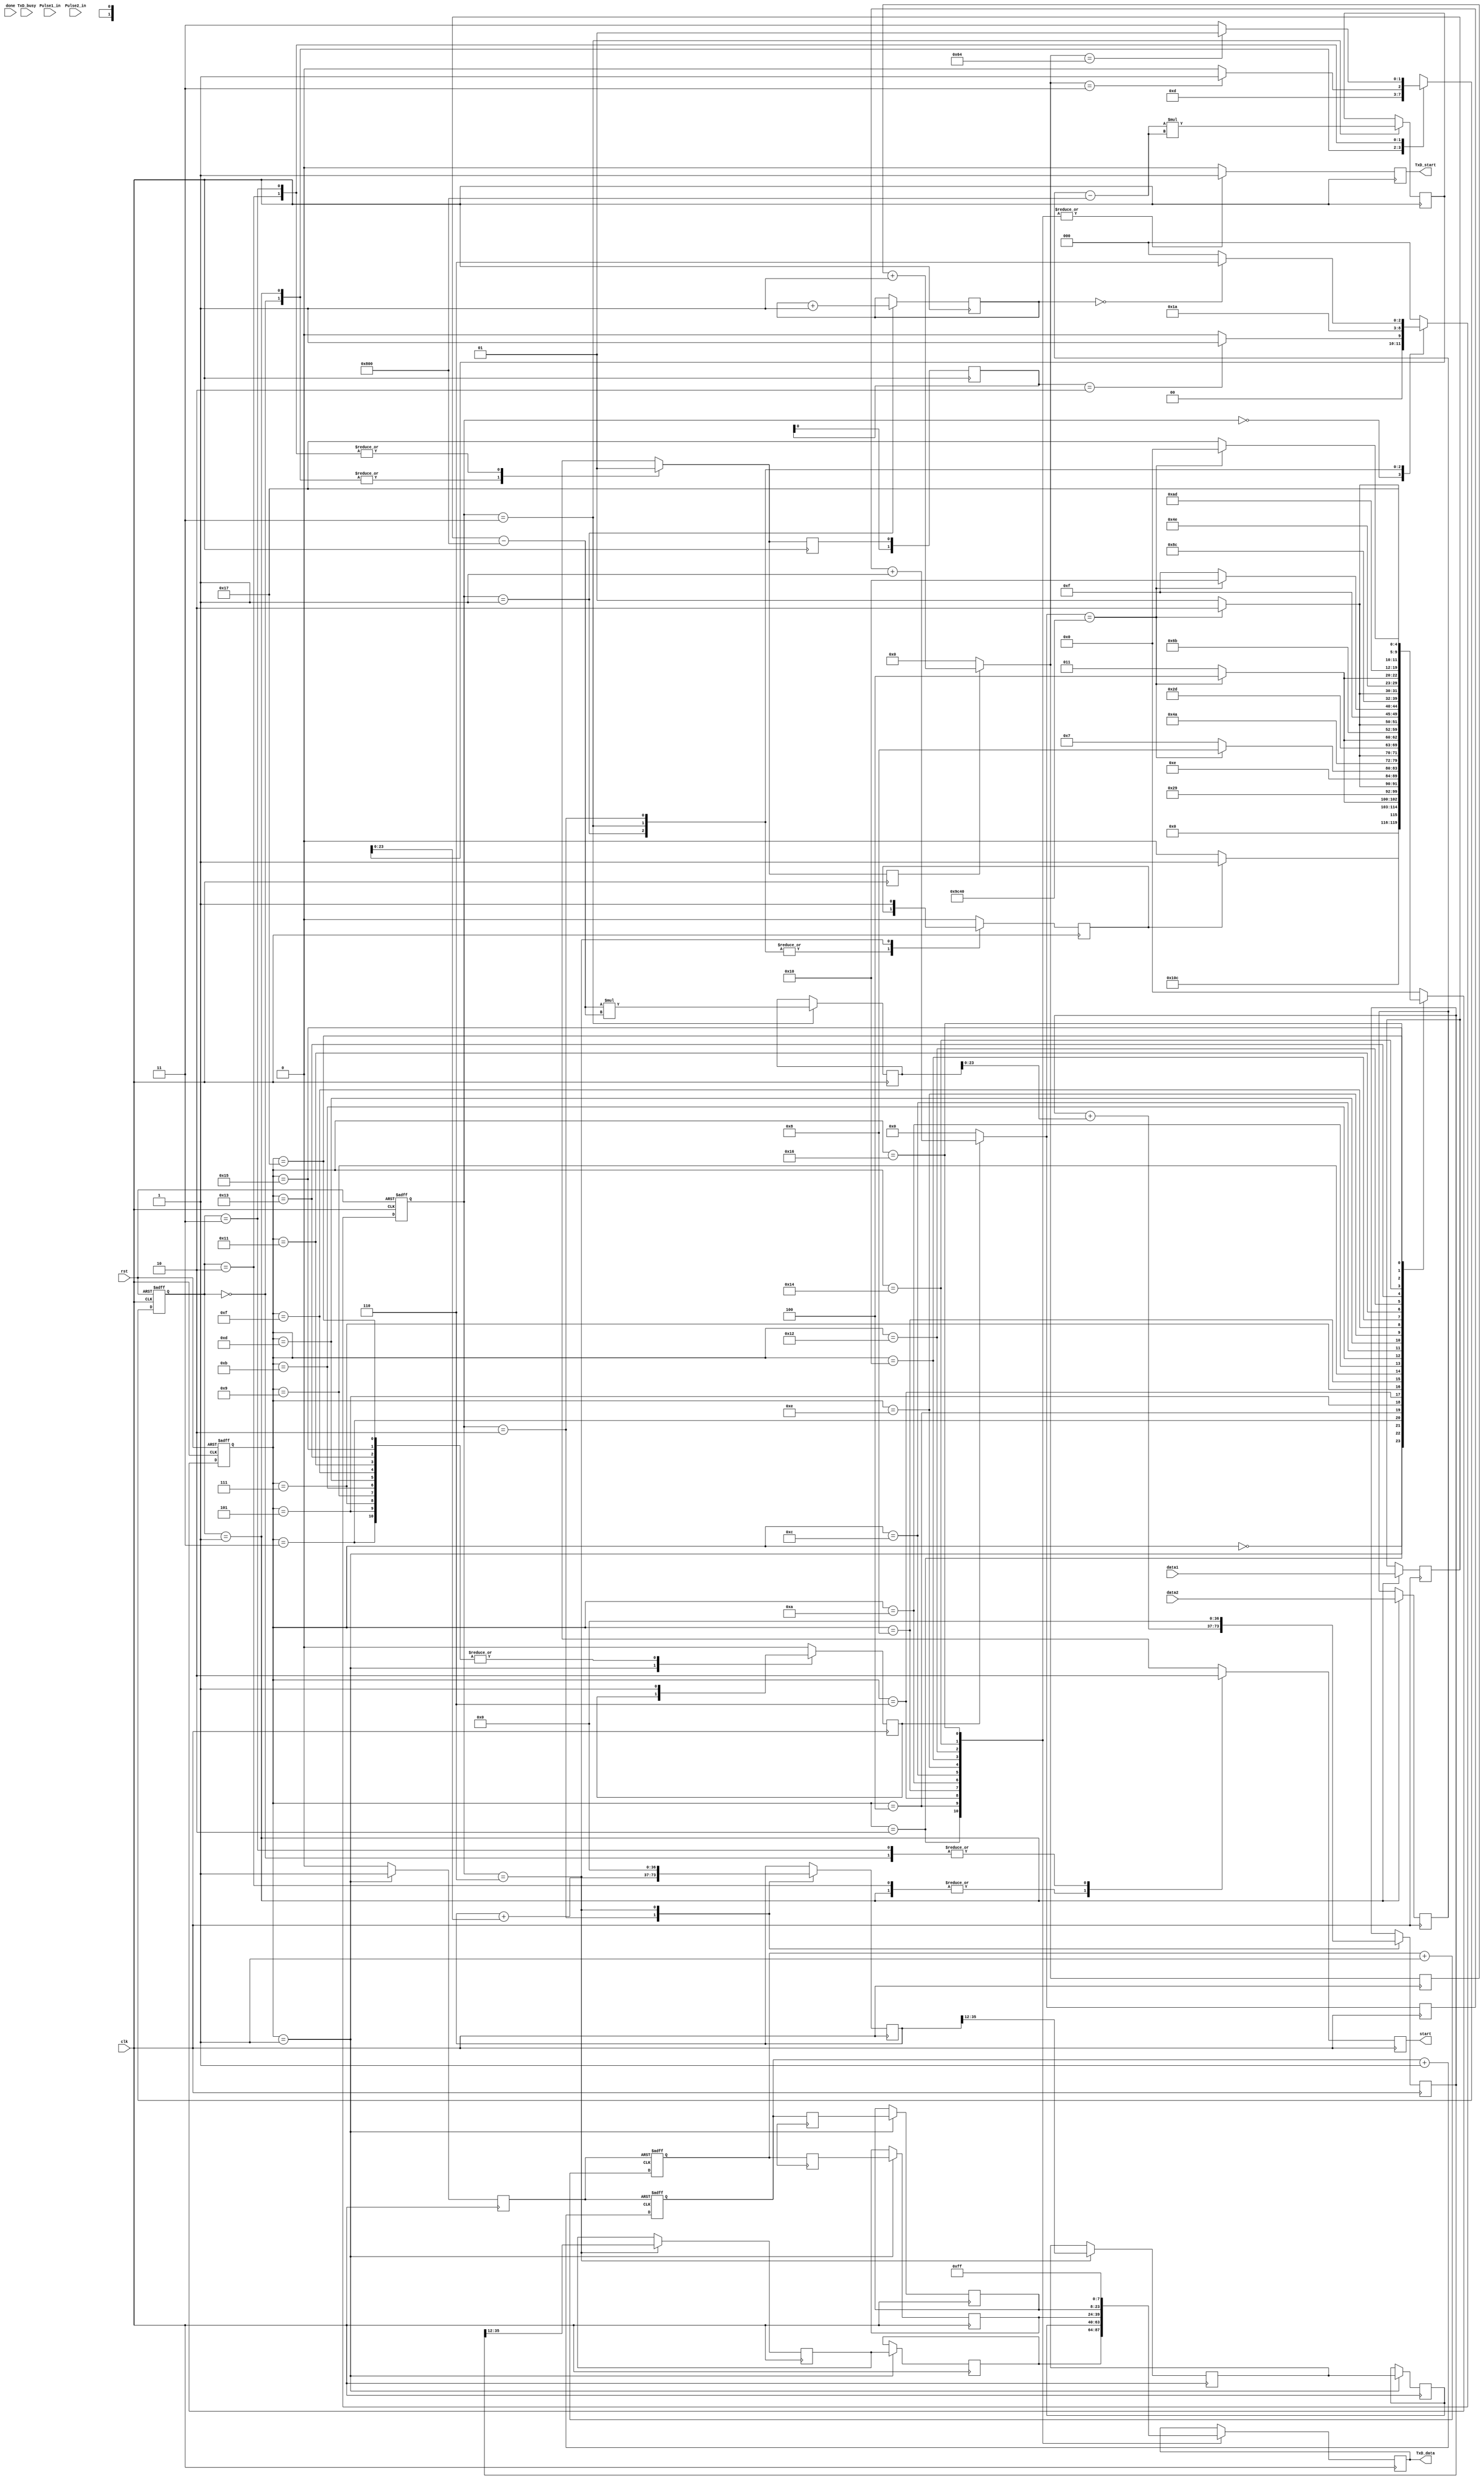
`timescale 1ns / 1ps
module spitouart_camp2(
clk,
rst,
data1,
data2,
done,
TxD_start,
TxD_data,
start,
TxD_busy,
Pulse1_in,
Pulse2_in
    );
	
input clk,rst,done,TxD_busy;
input [11:0] data1,data2;
input Pulse1_in,Pulse2_in;
output TxD_start,start;
output [7:0] TxD_data;

parameter CAMPDATALENGTH = 8192;
parameter SPIFSMSIZE = 2;
parameter SPIIDLE      = 2'b00; 
parameter SPISTART     = 2'b01;
parameter SPISTARTWAIT = 2'b10;
parameter GETSPI       = 2'b11;

parameter CAMPBELLFSMSIZE = 3;
parameter CAMPIDLE =    3'b000;
parameter GETDATA =     3'b001;  
parameter SUBANDMULT =  3'b011;  
parameter ADDTORESULT = 3'b010;
parameter SENDUART =    3'b110;    

parameter UARTFSMSIZE = 5;
parameter UARTIDLE  = 5'd0;
parameter UARTAIM   = 5'd1;
parameter SENDUART1 = 5'd2;
parameter WAITUART1 = 5'd3;
parameter SENDUART2 = 5'd4;
parameter WAITUART2 = 5'd5;
parameter SENDUART3 = 5'd6;
parameter WAITUART3 = 5'd7;
parameter SENDUART4 = 5'd8;
parameter WAITUART4 = 5'd9;
parameter SENDUART5 = 5'd10;
parameter WAITUART5 = 5'd11;
parameter SENDUART6 = 5'd12;
parameter WAITUART6 = 5'd13;
parameter SENDUART7 = 5'd14;
parameter WAITUART7 = 5'd15;
parameter SENDUART8 = 5'd16;
parameter WAITUART8 = 5'd17;
parameter SENDUART9 = 5'd18;
parameter WAITUART9 = 5'd19;
parameter SENDUART10 = 5'd20;
parameter WAITUART10 = 5'd21;
parameter SENDUART11 = 5'd22;
parameter WAITUART11 = 5'd23;

parameter UCOUNTDIGITS = 18;
parameter UCOUNTCYCLE= 18'd40000;//18'd166665; //300Hz  a little bit smaller than 300Hz to allow some margion on SCOUNTCYCLE, can't exceed 400Hz or UART transmitter will fail (4800 baud)

parameter SCOUNTDIGITS = 7;  //to count 103
parameter SCOUNTCYCLE= 7'd100; // because (50 000 000 / 103) / (2^13) = 59.2574333 and 103-1=102, 1 cycle SPISTART, -2 based on calibration with function generator

parameter PCOUNTDIGITS = 16; //same as counter/transmitter
		                                                                                                            
reg [SPIFSMSIZE-1:0]       spi_current_state,  spi_next_state;
reg [CAMPBELLFSMSIZE-1:0]  camp_current_state, camp_next_state;
reg [UARTFSMSIZE-1:0]      uart_current_state, uart_next_state;
reg dataReady;
reg [1:0] dataReady_sr;
reg [11:0] dataCount;
reg [11:0] data1_reg,data2_reg;
reg signed [12:0] s_data1_reg,s_data2_reg;
reg signed [12:0] mean;
reg signed [12:0] submean1,submean2;
reg signed [25:0] meanSqrData1,meanSqrData2;
wire signed [25:0] meanSqrData1_comb,meanSqrData2_comb;

reg [36:0] addMeanSqrData1,addMeanSqrData1_lock,addMeanSqrData2,addMeanSqrData2_lock; //24bit * 2^13 data, 24+13=37
reg uartok;
reg TxD_start,start;
reg [7:0] TxD_data;
reg [1:0] TxD_busy_sr;

reg [UCOUNTDIGITS-1:0] ucount,ucount_next;
reg ucount_start;

reg [SCOUNTDIGITS-1:0] scount,scount_next;
reg scount_start;

//reg [19:0] test_count,test_count_next;

reg [23:0] powerdata1,powerdata2,powerdata1_lock,powerdata2_lock;
reg [15:0] powerdata3,powerdata3_lock,powerdata4,powerdata4_lock;
reg [7:0]  systemstate;

reg [PCOUNTDIGITS-1:0] p1count,p1count_next,p2count,p2count_next;
reg pcount_rst;

wire Cin_buf1,Cin_buf2,Cin_buf3;
wire Pulse1_in_buf ,Pulse2_in_buf,pcount_rst_buf ,uartok_buf;

always @ (posedge clk)
begin
dataReady_sr = {dataReady_sr[0], dataReady};
TxD_busy_sr={TxD_busy_sr[0],TxD_busy};
end

//-------------------------------------------------------------SPI_Trigger
always @ (posedge clk or posedge rst)
begin
if(rst)
	spi_current_state<=SPIIDLE;
else
	spi_current_state<=spi_next_state;
end

always @ (spi_current_state or scount_next)
begin
case (spi_current_state)
SPIIDLE       : spi_next_state=SPISTART;
SPISTART      : spi_next_state=SPISTARTWAIT;
SPISTARTWAIT  : if (scount_next == 7'd3) spi_next_state=GETSPI; else spi_next_state=SPISTARTWAIT;
GETSPI        : if (scount_next == SCOUNTCYCLE) spi_next_state=SPISTART; else spi_next_state=GETSPI;
default       : spi_next_state = SPIIDLE;
endcase
end

always @ ( posedge clk)
begin
case (spi_current_state)
SPIIDLE        : begin start <= 0  ; dataReady<= 0; scount_start <= 0; end
SPISTART       : begin start <= 1  ; dataReady<= 0; data1_reg <= data1 ;data2_reg <= data2 ; scount_start <= 0; end
SPISTARTWAIT   : begin start <= 1  ; dataReady<= 1; scount_start <= 1; end
GETSPI         : begin start <= 0  ; dataReady<= 1; scount_start <= 1; end
default        : begin start <= 0  ;  scount_start <= 0; end
endcase
end
//-------------------------------------------------------------Counter for SPI_Trigger
always @ (posedge clk)
begin
scount<=scount_next; 
end

always @ (scount or scount_start)
begin
if (scount_start==0)
	scount_next=0;
else
	scount_next=scount+1;
end

//-------------------------------------------------------------Camp2
always @ (posedge clk or posedge rst)
begin
if(rst)
	camp_current_state<=CAMPIDLE;
else
	camp_current_state<=camp_next_state;
end

always @ (data1_reg or s_data1_reg or data2_reg or s_data2_reg or mean)
begin
mean = 13'b0100000000000;
s_data1_reg = {1'b0,data1_reg}; s_data2_reg = {1'b0,data2_reg};
submean1 = s_data1_reg-mean;    submean2 = s_data2_reg-mean;
end

//mult13sign mult1(
//	.clk(clk),
//	.a(submean1), // Bus [12 : 0] 
//	.b(submean1), // Bus [12 : 0] 
//	.p(meanSqrData1_comb)); // Bus [25 : 0] 
	
//mult13sign mult2(
//	.clk(clk),
//	.a(submean2), // Bus [12 : 0] 
//	.b(submean2), // Bus [12 : 0] 
//	.p(meanSqrData2_comb)); // Bus [25 : 0] 

assign meanSqrData1_comb=submean1*submean1;
assign meanSqrData2_comb=submean2*submean2;


always @ (camp_current_state or dataReady_sr or dataCount)
begin
case (camp_current_state)
CAMPIDLE    : if (dataReady_sr==2'b10) camp_next_state=GETDATA; else camp_next_state=CAMPIDLE;
GETDATA     : camp_next_state =SUBANDMULT;
SUBANDMULT  : camp_next_state = ADDTORESULT;
ADDTORESULT : if (dataCount==13'd0) camp_next_state=SENDUART  ; else camp_next_state=CAMPIDLE;
SENDUART    : camp_next_state = CAMPIDLE;
default    : camp_next_state = CAMPIDLE;
endcase
end	
	
always @ (posedge clk)
begin
case (camp_current_state)
CAMPIDLE    : begin uartok    <= 0; end
GETDATA     : begin dataCount<= dataCount+1; end   //may be necessary to isolate this code to a new always block, and add rst value.
SUBANDMULT  : begin meanSqrData1 <= meanSqrData1_comb ;meanSqrData2 <= meanSqrData2_comb ;  end
ADDTORESULT : begin addMeanSqrData1 <= addMeanSqrData1 + {13'd0,meanSqrData1[23:0]} ;addMeanSqrData2 <= addMeanSqrData2 + {13'd0,meanSqrData2[23:0]} ; end
SENDUART    : begin uartok    <= 1;  powerdata1<= addMeanSqrData1[35:12];powerdata2<= addMeanSqrData2[35:12]; addMeanSqrData1<=37'd0; addMeanSqrData2<=37'd0; end  //addMeanSqrData's data choose should be tuned later
default     : begin uartok    <= 0;  end
endcase
end



//-------------------------------------------------------------UART_Trigger test codes
/*
always @ (posedge clk)
begin
	test_count<=test_count_next;
end

always @ (test_count)
if (test_count==20'd833334)
	begin
	test_count_next=0;
	uartok=1;
	end
else
	begin
	test_count_next=test_count+1;
	uartok=0;
	end
*/

//-------------------------------------------------------------UART_Trigger


always @ (posedge clk or posedge rst)
begin
if(rst)
	uart_current_state<=UARTIDLE;
else
	uart_current_state<=uart_next_state;
end

always @ (uart_current_state or uartok or TxD_busy_sr or ucount_next)
begin
case (uart_current_state)
UARTIDLE   : if (uartok==1)                    uart_next_state=UARTAIM; else uart_next_state=UARTIDLE;
UARTAIM    : uart_next_state=SENDUART1;
SENDUART1  : uart_next_state=WAITUART1;
WAITUART1  : if (ucount_next == UCOUNTCYCLE) uart_next_state=SENDUART2;  else uart_next_state=WAITUART1;
SENDUART2  : uart_next_state=WAITUART2;
WAITUART2  : if (ucount_next == UCOUNTCYCLE) uart_next_state=SENDUART3;  else uart_next_state=WAITUART2;
SENDUART3  : uart_next_state=WAITUART3;
WAITUART3  : if (ucount_next == UCOUNTCYCLE) uart_next_state=SENDUART4;  else uart_next_state=WAITUART3;
SENDUART4  : uart_next_state=WAITUART4;
WAITUART4  : if (ucount_next == UCOUNTCYCLE) uart_next_state=SENDUART5;  else uart_next_state=WAITUART4;
SENDUART5  : uart_next_state=WAITUART5;
WAITUART5  : if (ucount_next == UCOUNTCYCLE) uart_next_state=SENDUART6;  else uart_next_state=WAITUART5;
SENDUART6  : uart_next_state=WAITUART6;                      
WAITUART6  : if (ucount_next == UCOUNTCYCLE) uart_next_state=SENDUART7;  else uart_next_state=WAITUART6;
SENDUART7  : uart_next_state=WAITUART7;                      
WAITUART7  : if (ucount_next == UCOUNTCYCLE) uart_next_state=SENDUART8;  else uart_next_state=WAITUART7;
SENDUART8  : uart_next_state=WAITUART8;                      
WAITUART8  : if (ucount_next == UCOUNTCYCLE) uart_next_state=SENDUART9;  else uart_next_state=WAITUART8;
SENDUART9  : uart_next_state=WAITUART9;                      
WAITUART9  : if (ucount_next == UCOUNTCYCLE) uart_next_state=SENDUART10; else uart_next_state=WAITUART9;
SENDUART10 : uart_next_state=WAITUART10;                      
WAITUART10 : if (ucount_next == UCOUNTCYCLE) uart_next_state=SENDUART11; else uart_next_state=WAITUART10;
SENDUART11 : uart_next_state=WAITUART11;
WAITUART11 : if (ucount_next == UCOUNTCYCLE) uart_next_state=UARTIDLE;   else uart_next_state=WAITUART11;
default    : uart_next_state = UARTIDLE;
endcase
end


always @ ( posedge clk)
begin
case (uart_current_state) 
UARTAIM   : begin 
			TxD_start <= 0 ; 
			powerdata1_lock <= powerdata1; 
			powerdata2_lock <= powerdata2;
			powerdata3_lock <= powerdata3;
			powerdata4_lock <= powerdata4;
			pcount_rst<=1; 
			end
SENDUART1 : begin TxD_start <= 1 ; TxD_data  <= powerdata1_lock[23:16];ucount_start <= 0; pcount_rst<=0; end
WAITUART1 : begin TxD_start <= 0 ;                                     ucount_start <= 1; pcount_rst<=0; end
SENDUART2 : begin TxD_start <= 1 ; TxD_data  <= powerdata1_lock[15:8]; ucount_start <= 0; pcount_rst<=0; end
WAITUART2 : begin TxD_start <= 0 ;                                     ucount_start <= 1; pcount_rst<=0; end
SENDUART3 : begin TxD_start <= 1 ; TxD_data  <= powerdata1_lock[7:0] ; ucount_start <= 0; pcount_rst<=0; end
WAITUART3 : begin TxD_start <= 0 ;                                     ucount_start <= 1; pcount_rst<=0; end
SENDUART4 : begin TxD_start <= 1 ; TxD_data  <= powerdata2_lock[23:16];ucount_start <= 0; pcount_rst<=0; end
WAITUART4 : begin TxD_start <= 0 ;                                     ucount_start <= 1; pcount_rst<=0; end
SENDUART5 : begin TxD_start <= 1 ; TxD_data  <= powerdata2_lock[15:8]; ucount_start <= 0; pcount_rst<=0; end
WAITUART5 : begin TxD_start <= 0 ;                                     ucount_start <= 1; pcount_rst<=0; end
SENDUART6 : begin TxD_start <= 1 ; TxD_data  <= powerdata2_lock[7:0] ; ucount_start <= 0; pcount_rst<=0; end
WAITUART6 : begin TxD_start <= 0 ;                                     ucount_start <= 1; pcount_rst<=0; end
SENDUART7 : begin TxD_start <= 1 ; TxD_data  <= powerdata3_lock[15:8]; ucount_start <= 0; pcount_rst<=0; end
WAITUART7 : begin TxD_start <= 0 ;                                     ucount_start <= 1; pcount_rst<=0; end
SENDUART8 : begin TxD_start <= 1 ; TxD_data  <= powerdata3_lock[7:0] ; ucount_start <= 0; pcount_rst<=0; end
WAITUART8 : begin TxD_start <= 0 ;                                     ucount_start <= 1; pcount_rst<=0; end
SENDUART9 : begin TxD_start <= 1 ; TxD_data  <= powerdata4_lock[15:8]; ucount_start <= 0; pcount_rst<=0; end
WAITUART9 : begin TxD_start <= 0 ;                                     ucount_start <= 1; pcount_rst<=0; end
SENDUART10: begin TxD_start <= 1 ; TxD_data  <= powerdata4_lock[7:0] ; ucount_start <= 0; pcount_rst<=0; end
WAITUART10: begin TxD_start <= 0 ;                                     ucount_start <= 1; pcount_rst<=0; end
SENDUART11: begin TxD_start <= 1 ; TxD_data  <= 8'b1111_1111;          ucount_start <= 0; pcount_rst<=0; end
WAITUART11: begin TxD_start <= 0 ;                                     ucount_start <= 1; pcount_rst<=0; end
default  :  begin TxD_start <= 0 ;                                     ucount_start <= 0; pcount_rst<=0; end
endcase
end

//-------------------------------------------------------------Counter for UART_Trigger
always @ (posedge clk)
begin
ucount<=ucount_next; 
end

always @ (ucount or ucount_start)
begin
if (ucount_start==0)
	ucount_next=0;
else
	ucount_next=ucount+1;
end


//-------------------------------------------------------------Pulse1_Counter


//IBUFG buf_1 ( .O(Cin_buf1 ),.I (Pulse1_in) );
//BUFG buf_2 ( .O (Pulse1_in_buf ), .I (Cin_buf1 ));//For best clock quality 
//BUFG buf_3 ( .O (uartok_buf ), .I (uartok));//For best clock quality 

always @ (posedge Pulse1_in_buf or posedge pcount_rst)
begin
	if (pcount_rst) p1count<=0;
	else p1count<=p1count_next;
end

always @ (p1count)
begin
	p1count_next=p1count+1;
end

always @ (posedge uartok_buf)
begin
	powerdata3<=p1count;
end

//-------------------------------------------------------------Pulse2_Counter
//IBUFG buf_4 ( .O(Cin_buf2 ),.I (Pulse2_in) );
//BUFG buf_5 ( .O (Pulse2_in_buf ), .I (Cin_buf2 ));//For best clock quality

always @ (posedge Pulse2_in_buf or posedge pcount_rst)
begin
	if (pcount_rst) p2count<=0;
	else p2count<=p2count_next;
end

always @ (p2count)
begin
	p2count_next=p2count+1;
end

always @ (posedge uartok_buf)
begin
	powerdata4<=p2count;
end

endmodule